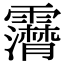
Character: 𩆤